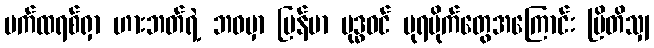
ပက်ထရစ်ရှာ ဟားဘတ်ရဲ့ ဘဝမှာ မြန်မာ ဗုဒ္ဓဝင် ပုရပိုက်တွေအကြောင်း ဗြိတိသျှ